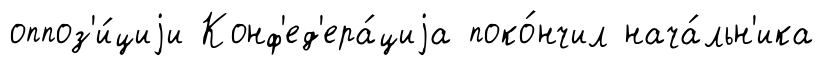
оппоз'и́циjи Конф'ед'ера́циjа поко́нчил нача́льн'ика